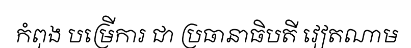
កំពុង បម្រើការ ជា ប្រធានាធិបតី វៀតណាម